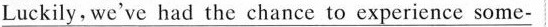
\underline{Luckily, we've had the chance to experience some-}